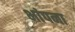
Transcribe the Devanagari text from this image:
भांपना